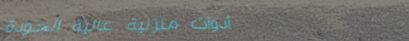
أدوات منزلية عالية الجودة